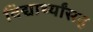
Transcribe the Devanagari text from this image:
विद्यार्थ्यांसह